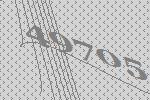
49705